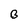
Character: B